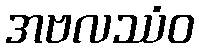
အဗလဿံဝ